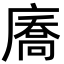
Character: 㢗